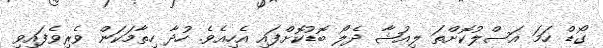
ގޯޑް ހަމަ އަސްލުކޮށްތަ ލިއުޝާ ދެލޯ ބޮޑުކޮށްފައި އެހިއެވެ. ހުދާ ހިތާމަކަން ވެރިވެފައިވި